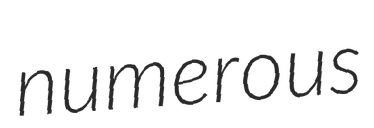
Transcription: numerous